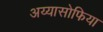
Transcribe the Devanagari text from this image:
अय्यासोफिया